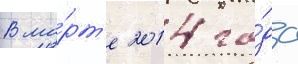
В ма́рт'е 2014 го́да